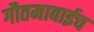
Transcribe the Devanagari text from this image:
गौतमाबाईच